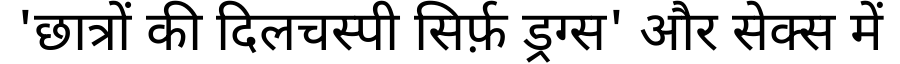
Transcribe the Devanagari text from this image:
'छात्रों की दिलचस्पी सिर्फ़ ड्रग्स' और सेक्स में